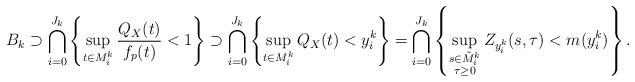
LaTeX: \begin{align*}B_k \supset \bigcap_{i=0}^{J_k} \left\{\sup_{t\in M_i^k}\frac{Q_{X}(t)}{f_p(t)}<1\right\}\supset \bigcap_{i=0}^{J_k} \left\{\sup_{t\in M_i^k}Q_{X}(t)< y_i^k\right\}= \bigcap_{i=0}^{J_k} \left\{\sup_{\substack{s\in \tilde M_i^k \\ \tau\ge 0}} Z_{y_i^k}(s,\tau)< m(y_i^k)\right\}.\end{align*}